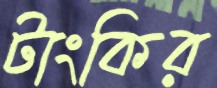
টাংকির